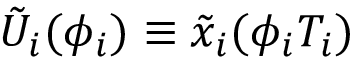
\tilde { U } _ { i } ( \phi _ { i } ) \equiv \tilde { x } _ { i } ( \phi _ { i } T _ { i } )